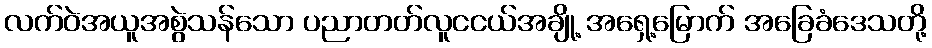
လက်ဝဲအယူအစွဲသန်သော ပညာတတ်လူငငယ်အချို့ အရှေ့မြောက် အခြေခံဒေသတို့